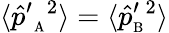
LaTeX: \langle{\hat{p}^{\prime}}_{\mathrm{\scriptscriptstyle A}}{}^{2}\rangle=\langle{\hat{p}_{\mathrm{\scriptscriptstyle B}}^{\prime}}{}^{2}\rangle